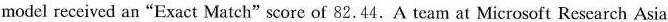
model received an"Exact Match“score of 82.44.A team at Microsoft Research Asia